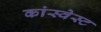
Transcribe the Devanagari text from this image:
कांस्वेस्ट